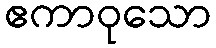
ဧကာဝုသော